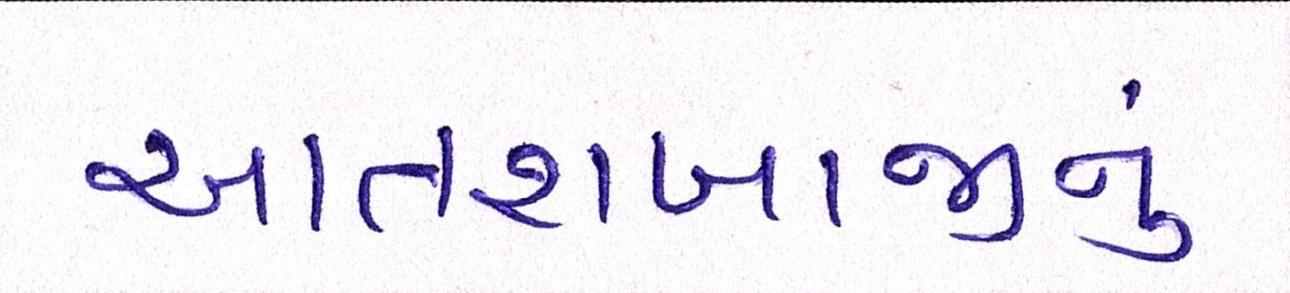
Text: આતશબાજીનું